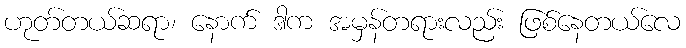
ဟုတ်တယ်ဆရာ၊ နောက် ဒါက အမှန်တရားလည်း ဖြစ်နေတယ်လေ